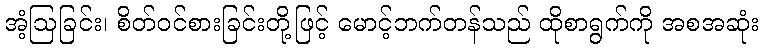
အံ့ဩခြင်း၊ စိတ်ဝင်စားခြင်းတို့ဖြင့် မောင့်ဘက်တန်သည် ထိုစာရွက်ကို အစအဆုံး